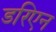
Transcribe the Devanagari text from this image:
डरिएन